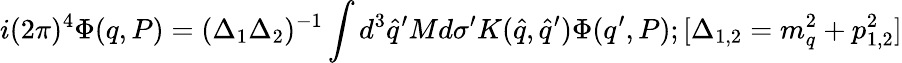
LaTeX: i(2\pi)^{4}\Phi(q,P)=(\Delta_{1}\Delta_{2})^{-1}\int d^{3}{\hat{q}}^{\prime}Md\sigma^{\prime}K({\hat{q}},{\hat{q}}^{\prime})\Phi(q^{\prime},P);[\Delta_{1,2}=m_{q}^{2}+p_{1,2}^{2}]